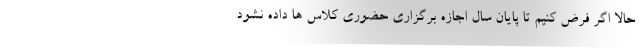
حالا اگر فرض کنیم تا پایان سال اجازه برگزاری حضوری کلاس ها داده نشود